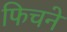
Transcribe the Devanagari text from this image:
फिचने